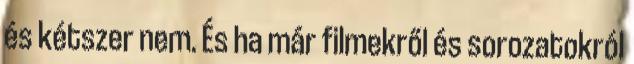
és kétszer nem. És ha már filmekről és sorozatokról